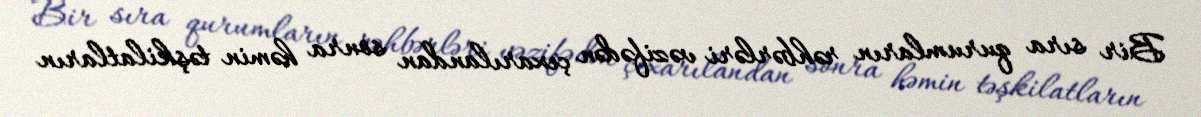
Bir sıra qurumların rəhbərləri vəzifədən çıxarılandan sonra həmin təşkilatların